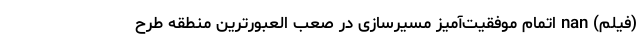
(فیلم) nan اتمام موفقیت‌آمیز مسیرسازی در صعب العبورترین منطقه طرح